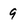
Character: 9